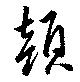
顏